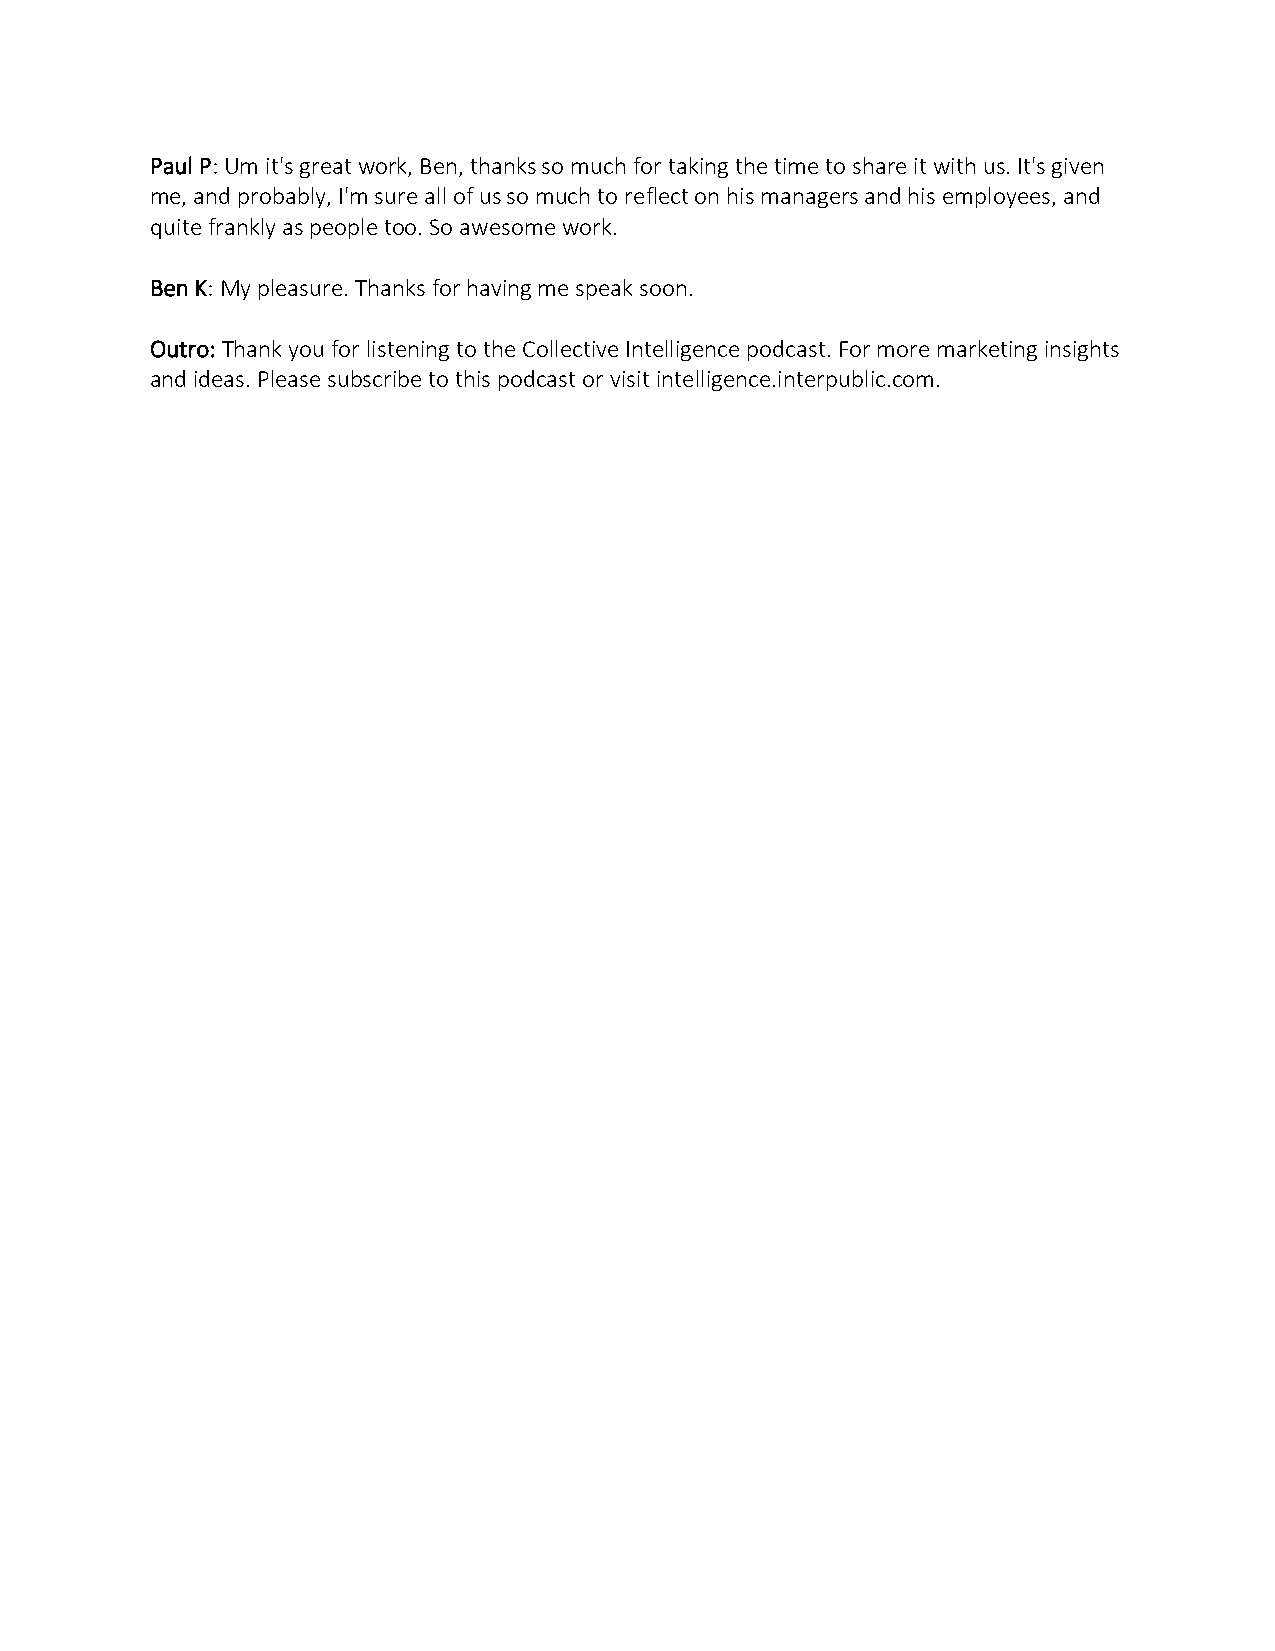
Paul P: Um it's great work, Ben, thanks so much for taking the time to share it with us. It's given
 me, and probably, I'm sure all of us so much to reflect on his managers and his employees, and
 quite frankly as people too. So awesome work.
 Ben K: My pleasure. Thanks for having me speak soon.
 Outro: Thank you for listening to the Collective Intelligence podcast. For more marketing insights
 and ideas. Please subscribe to this podcast or visit intelligence.interpublic.com.